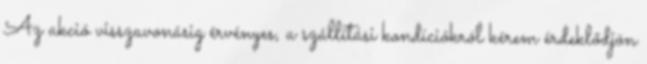
Az akció visszavonásig érvényes, a szállítási kondíciókról kérem érdeklődjön